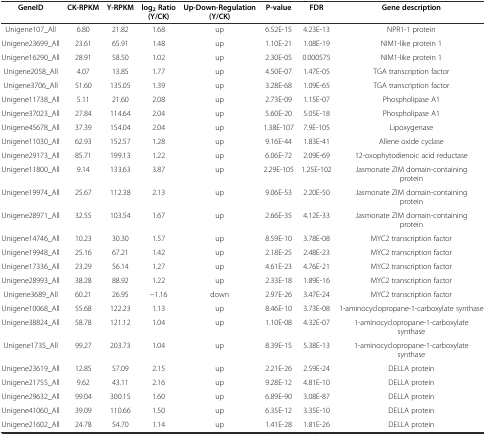
<table><thead><tr><td><b>GeneID</b></td><td><b>CK-RPKM</b></td><td><b>Y-RPKM</b></td><td><b>log<sub>2</sub>Ratio (Y/CK)</b></td><td><b>Up-Down-Regulation (Y/CK)</b></td><td><b>P-value</b></td><td><b>FDR</b></td><td><b>Gene description</b></td></tr></thead><tbody><tr><td>Unigene107_All</td><td>6.80</td><td>21.82</td><td>1.68</td><td>up</td><td>6.52E-15</td><td>4.23E-13</td><td>NPR1-1 protein</td></tr><tr><td>Unigene23699_All</td><td>23.61</td><td>65.91</td><td>1.48</td><td>up</td><td>1.10E-21</td><td>1.08E-19</td><td>NIM1-like protein 1</td></tr><tr><td>Unigene16290_All</td><td>28.91</td><td>58.50</td><td>1.02</td><td>up</td><td>2.30E-05</td><td>0.000575</td><td>NIM1-like protein 1</td></tr><tr><td>Unigene2058_All</td><td>4.07</td><td>13.85</td><td>1.77</td><td>up</td><td>4.50E-07</td><td>1.47E-05</td><td>TGA transcription factor</td></tr><tr><td>Unigene3706_All</td><td>51.60</td><td>135.05</td><td>1.39</td><td>up</td><td>3.28E-68</td><td>1.09E-65</td><td>TGA transcription factor</td></tr><tr><td>Unigene11738_All</td><td>5.11</td><td>21.60</td><td>2.08</td><td>up</td><td>2.73E-09</td><td>1.15E-07</td><td>Phospholipase A1</td></tr><tr><td>Unigene37023_All</td><td>27.84</td><td>114.64</td><td>2.04</td><td>up</td><td>5.60E-20</td><td>5.05E-18</td><td>Phospholipase A1</td></tr><tr><td>Unigene45678_All</td><td>37.39</td><td>154.04</td><td>2.04</td><td>up</td><td>1.38E-107</td><td>7.9E-105</td><td>Lipoxygenase</td></tr><tr><td>Unigene11030_All</td><td>62.93</td><td>152.57</td><td>1.28</td><td>up</td><td>9.16E-44</td><td>1.83E-41</td><td>Allene oxide cyclase</td></tr><tr><td>Unigene29173_All</td><td>85.71</td><td>199.13</td><td>1.22</td><td>up</td><td>6.06E-72</td><td>2.09E-69</td><td>12-oxophytodienoic acid reductase</td></tr><tr><td>Unigene11800_All</td><td>9.14</td><td>133.63</td><td>3.87</td><td>up</td><td>2.29E-105</td><td>1.25E-102</td><td>Jasmonate ZIM domain-containing protein</td></tr><tr><td>Unigene19974_All</td><td>25.67</td><td>112.38</td><td>2.13</td><td>up</td><td>9.06E-53</td><td>2.20E-50</td><td>Jasmonate ZIM domain-containing protein</td></tr><tr><td>Unigene28971_All</td><td>32.55</td><td>103.54</td><td>1.67</td><td>up</td><td>2.66E-35</td><td>4.12E-33</td><td>Jasmonate ZIM domain-containing protein</td></tr><tr><td>Unigene14746_All</td><td>10.23</td><td>30.30</td><td>1.57</td><td>up</td><td>8.59E-10</td><td>3.78E-08</td><td>MYC2 transcription factor</td></tr><tr><td>Unigene19948_All</td><td>25.16</td><td>67.21</td><td>1.42</td><td>up</td><td>2.18E-25</td><td>2.48E-23</td><td>MYC2 transcription factor</td></tr><tr><td>Unigene17336_All</td><td>23.29</td><td>56.14</td><td>1.27</td><td>up</td><td>4.61E-23</td><td>4.76E-21</td><td>MYC2 transcription factor</td></tr><tr><td>Unigene28993_All</td><td>38.28</td><td>88.92</td><td>1.22</td><td>up</td><td>2.33E-18</td><td>1.89E-16</td><td>MYC2 transcription factor</td></tr><tr><td>Unigene3689_All</td><td>60.21</td><td>26.95</td><td>−1.16</td><td>down</td><td>2.97E-26</td><td>3.47E-24</td><td>MYC2 transcription factor</td></tr><tr><td>Unigene10068_All</td><td>55.68</td><td>122.23</td><td>1.13</td><td>up</td><td>8.46E-10</td><td>3.73E-08</td><td>1-aminocyclopropane-1-carboxylate synthase</td></tr><tr><td>Unigene38824_All</td><td>58.78</td><td>121.12</td><td>1.04</td><td>up</td><td>1.10E-08</td><td>4.32E-07</td><td>1-aminocyclopropane-1-carboxylate synthase</td></tr><tr><td>Unigene1735_All</td><td>99.27</td><td>203.73</td><td>1.04</td><td>up</td><td>8.39E-15</td><td>5.38E-13</td><td>1-aminocyclopropane-1-carboxylate synthase</td></tr><tr><td>Unigene23619_All</td><td>12.85</td><td>57.09</td><td>2.15</td><td>up</td><td>2.21E-26</td><td>2.59E-24</td><td>DELLA protein</td></tr><tr><td>Unigene21755_All</td><td>9.62</td><td>43.11</td><td>2.16</td><td>up</td><td>9.28E-12</td><td>4.81E-10</td><td>DELLA protein</td></tr><tr><td>Unigene29632_All</td><td>99.04</td><td>300.15</td><td>1.60</td><td>up</td><td>6.89E-90</td><td>3.08E-87</td><td>DELLA protein</td></tr><tr><td>Unigene41060_All</td><td>39.09</td><td>110.66</td><td>1.50</td><td>up</td><td>6.35E-12</td><td>3.35E-10</td><td>DELLA protein</td></tr><tr><td>Unigene21602_All</td><td>24.78</td><td>54.70</td><td>1.14</td><td>up</td><td>1.41E-28</td><td>1.81E-26</td><td>DELLA protein</td></tr></tbody></table>